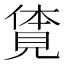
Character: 𧡊